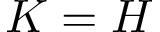
K = H